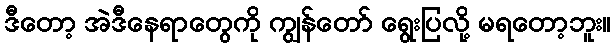
ဒီတော့ အဲဒီနေရာတွေကို ကျွန်တော် ရွေးပြလို့ မရတော့ဘူး။